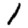
Digit: 1